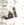
أف